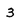
Character: 3